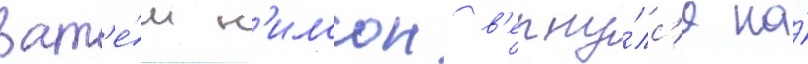
Зат'е́м н'илссон в'ерну́лс'я на́